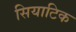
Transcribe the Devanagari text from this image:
सियाटिक